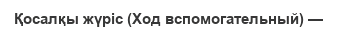
Қосалқы жүріс (Ход вспомогательный) —